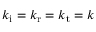
k _ { \mathrm { i } } = k _ { \mathrm { r } } = k _ { \mathrm { t } } = k